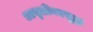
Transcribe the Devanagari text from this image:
आवृत्तींवरसुद्धा